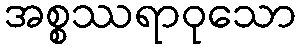
အစ္စဿရာဝုသော